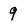
Character: 9